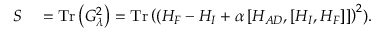
\begin{array} { r l } { S } & { { } = \mathrm { T r } \left( G _ { \lambda } ^ { 2 } \right) = \mathrm { T r } \left( ( H _ { F } - H _ { I } + \alpha \left[ H _ { A D } , \left[ H _ { I } , H _ { F } \right] \right] \right) ^ { 2 } ) . } \end{array}